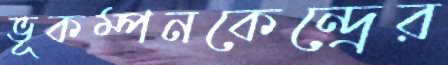
ভূকম্পনকেন্দ্রের